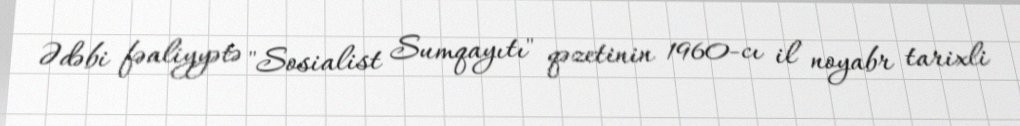
Ədəbi fəaliyyətə "Sosialist Sumqayıtı" qəzetinin 1960-cı il noyabr tarixli